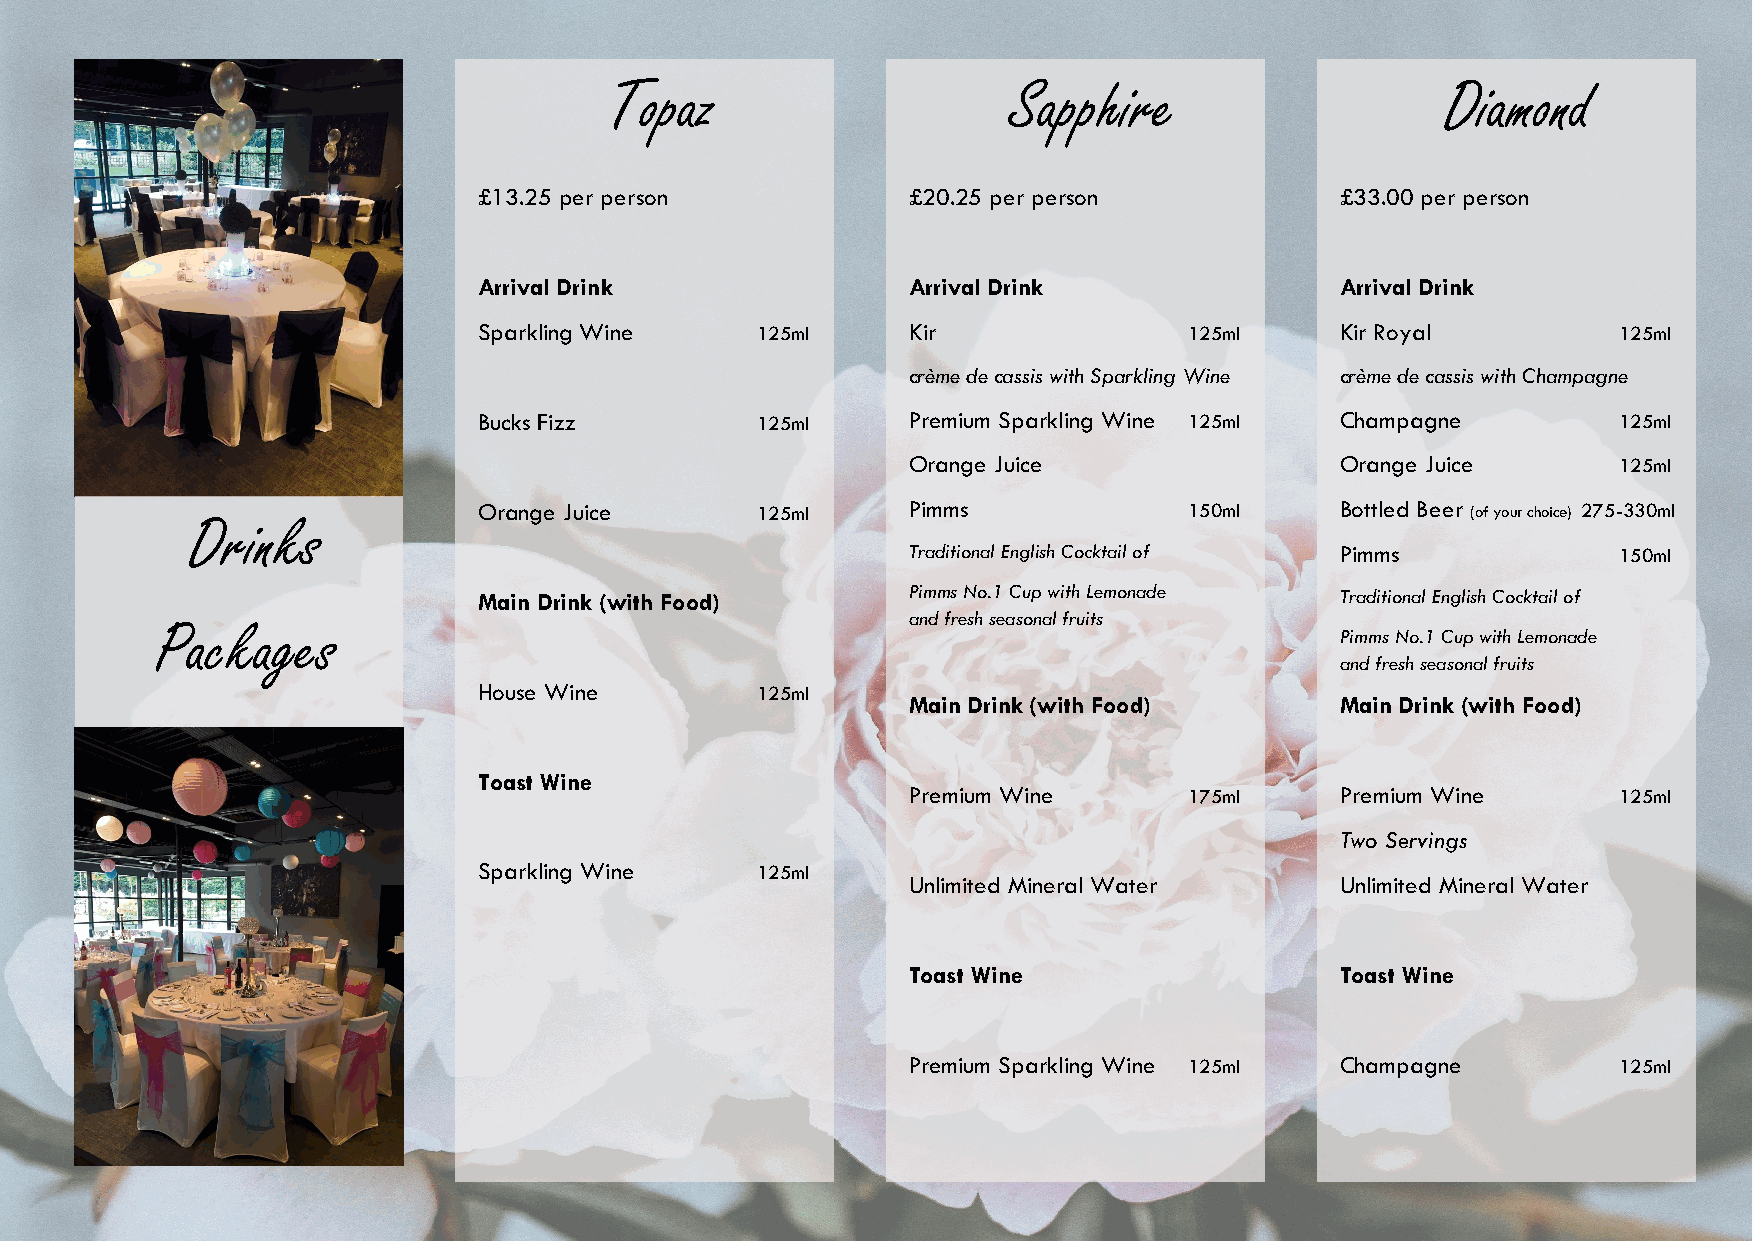
Topaz                      Sapphire                     Diamond
 £13.25 per person           £20.25 per person            £33.00 per person
 Arrival Drink               Arrival Drink                Arrival Drink
 Sparkling Wine    125ml     Kir                125ml     Kir Royal         125ml
 crème de cassis with Sparkling Wine crème de cassis with Champagne
 Bucks Fizz        125ml     Premium Sparkling Wine 125ml Champagne         125ml
 Orange Juice                 Orange Juice      125ml
 Orange Juice      125ml     Pimms              150ml     Bottled Beer (of your choice) 275-330ml
 Drinks
 Traditional English Cocktail of Pimms          150ml
 Main Drink (with Food)      Pimms No.1 Cup with Lemonade Traditional English Cocktail of
 and fresh seasonal fruits
 Packages                                                                       Pimms No.1 Cup with Lemonade
 and fresh seasonal fruits
 House Wine        125ml
 Main Drink (with Food)       Main Drink (with Food)
 Toast Wine
 Premium Wine       175ml     Premium Wine      125ml
 Two Servings
 Sparkling Wine    125ml
 Unlimited Mineral Water      Unlimited Mineral Water
 Toast Wine                   Toast Wine
 Premium Sparkling Wine 125ml Champagne         125ml